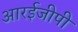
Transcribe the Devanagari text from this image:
आरईजीपी